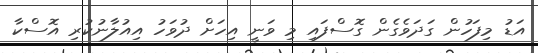
އަޑު މިފަހުން ގަދަވެގެން ގޮސްފައި މި ވަނީ އިހަށް ދުވަހު އިއުލާނުކުރި އޮސްކާ